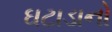
ઘટાડાનો